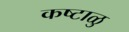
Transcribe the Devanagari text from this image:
कष्टाळु